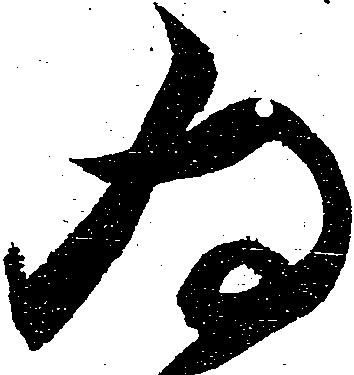
為